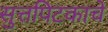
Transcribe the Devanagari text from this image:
सुत्तपिटकाचे